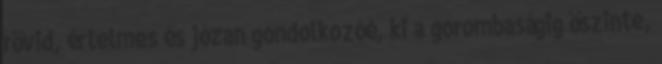
rövid, értelmes és józan gondolkozóé, ki a gorombaságig őszinte,